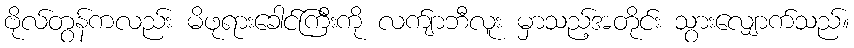
ဗိုလ်တွန်ကလည်း မိဖုရားခေါင်ကြီးကို လက်ျာဘီလူး မှာသည့်အတိုင်း သွားလျှောက်သည်။